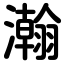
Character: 瀚